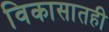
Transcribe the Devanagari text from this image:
विकासातही